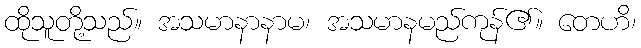
ထိုသူတို့သည်။ အသမာနာနာမ၊ အသမာနမည်ကုန်၏။ တေဟိ၊